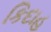
કિદાહ